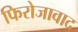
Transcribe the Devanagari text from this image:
फिरोजावाद